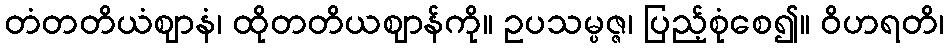
တံတတိယံဈာနံ၊ ထိုတတိယဈာန်ကို။ ဥပသမ္ပဇ္ဇ၊ ပြည့်စုံစေ၍။ ဝိဟရတိ၊